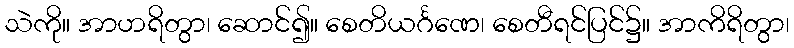
သဲကို။ အာဟရိတွာ၊ ဆောင်၍။ စေတိယင်္ဂဏေ၊ စေတီရင်ပြင်၌။ အာကိရိတွာ၊